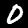
Label: 0